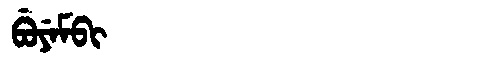
Manchu: ᠪᡠᠶᡝᠮᠪᡳ
Romanization: BUYEMBI